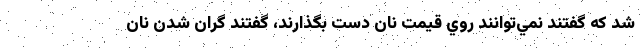
شد كه گفتند نمي‌توانند روي قيمت نان دست بگذارند، گفتند گران ‌شدن نان